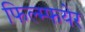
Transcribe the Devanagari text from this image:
फिल्म्फयेर